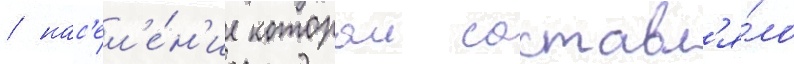
/ нас'ел'е́н'ие которои составл'я́ло